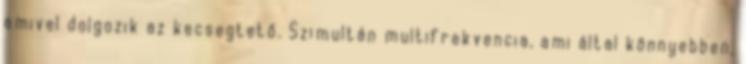
amivel dolgozik az kecsegtető. Szimultán multifrekvencia, ami által könnyebben,